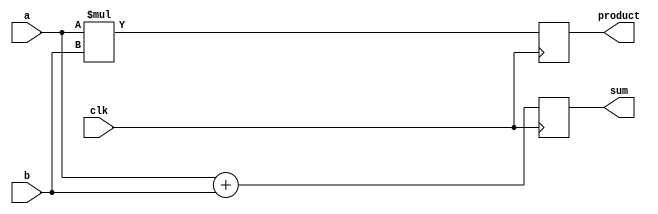
module behavioral_model (
    input wire clk,
    input wire [3:0] a,
    input wire [3:0] b,
    output reg [4:0] sum,
    output reg [4:0] product
);

// Signal Declaration
reg [4:0] temp_sum;
reg [4:0] temp_product;

// Task to calculate sum
task calculate_sum;
    input [3:0] x;
    input [3:0] y;
    begin
        temp_sum = x + y;
    end
endtask

// Task to calculate product
task calculate_product;
    input [3:0] x;
    input [3:0] y;
    begin
        temp_product = x * y;
    end
endtask

// Continuous Assignment using non-blocking assignments
always @(posedge clk) begin
    calculate_sum(a, b);          // Invoke sum calculation
    calculate_product(a, b);      // Invoke product calculation
    sum <= temp_sum;              // Assign calculated sum
    product <= temp_product;      // Assign calculated product
end

endmodule